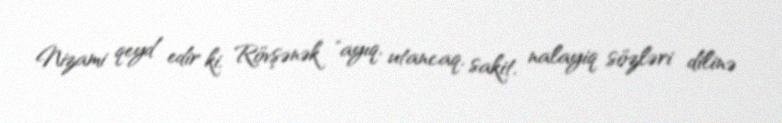
Nizami qeyd edir ki, Rövşənək "ayıq, utancaq, sakit, nalayiq sözləri dilinə